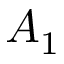
A _ { 1 }